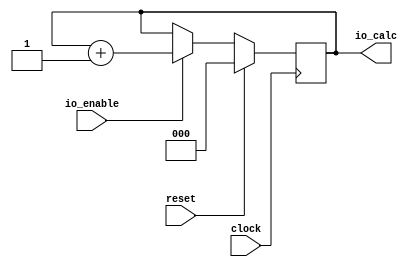
module B(
  input        clock,
  input        reset,
  input        io_enable,
  output [2:0] io_calc
);
`ifdef RANDOMIZE_REG_INIT
  reg [31:0] _RAND_0;
`endif // RANDOMIZE_REG_INIT
  reg [2:0] counter; // @[ATester.scala 27:24]
  wire [2:0] _T_8 = counter + 3'h1; // @[ATester.scala 29:24]
  assign io_calc = counter; // @[ATester.scala 31:11]
  always @(posedge clock) begin
    if (reset) begin // @[ATester.scala 27:24]
      counter <= 3'h0; // @[ATester.scala 27:24]
    end else if (io_enable) begin // @[ATester.scala 28:19]
      counter <= _T_8; // @[ATester.scala 29:13]
    end
  end
// Register and memory initialization
`ifdef RANDOMIZE_GARBAGE_ASSIGN
`define RANDOMIZE
`endif
`ifdef RANDOMIZE_INVALID_ASSIGN
`define RANDOMIZE
`endif
`ifdef RANDOMIZE_REG_INIT
`define RANDOMIZE
`endif
`ifdef RANDOMIZE_MEM_INIT
`define RANDOMIZE
`endif
`ifndef RANDOM
`define RANDOM $random
`endif
`ifdef RANDOMIZE_MEM_INIT
  integer initvar;
`endif
`ifndef SYNTHESIS
`ifdef FIRRTL_BEFORE_INITIAL
`FIRRTL_BEFORE_INITIAL
`endif
initial begin
  `ifdef RANDOMIZE
    `ifdef INIT_RANDOM
      `INIT_RANDOM
    `endif
    `ifndef VERILATOR
      `ifdef RANDOMIZE_DELAY
        #`RANDOMIZE_DELAY begin end
      `else
        #0.002 begin end
      `endif
    `endif
`ifdef RANDOMIZE_REG_INIT
  _RAND_0 = {1{`RANDOM}};
  counter = _RAND_0[2:0];
`endif // RANDOMIZE_REG_INIT
  `endif // RANDOMIZE
end // initial
`ifdef FIRRTL_AFTER_INITIAL
`FIRRTL_AFTER_INITIAL
`endif
`endif // SYNTHESIS
endmodule
module A(
  input        clock,
  input        reset,
  input        io_enable,
  output [2:0] io_calc
);
  wire  sub_clock; // @[ATester.scala 17:19]
  wire  sub_reset; // @[ATester.scala 17:19]
  wire  sub_io_enable; // @[ATester.scala 17:19]
  wire [2:0] sub_io_calc; // @[ATester.scala 17:19]
  B sub ( // @[ATester.scala 17:19]
    .clock(sub_clock),
    .reset(sub_reset),
    .io_enable(sub_io_enable),
    .io_calc(sub_io_calc)
  );
  assign io_calc = sub_io_calc; // @[ATester.scala 19:11]
  assign sub_clock = clock;
  assign sub_reset = reset;
  assign sub_io_enable = io_enable; // @[ATester.scala 18:17]
endmodule